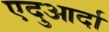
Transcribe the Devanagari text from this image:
एदुआर्दा